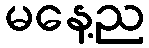
မနေ့ည